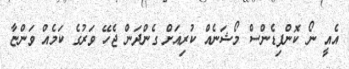
އެއީ ނޯ ކޮންފިޑެންސް މޯޝަނެއް ކުރިއަށް ގެންދަން ޖެހޭ ވަރުގެ ކަމެއް ވަންޏާ